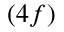
( 4 f )